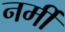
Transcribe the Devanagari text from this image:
नर्मी